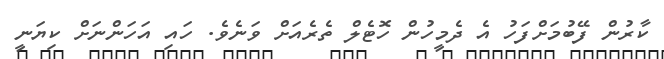
ކާރުން ފޭބުމަށްފަހު އެ ދެމީހުން ހޮޓެލް ތެރެއަށް ވަނެވެ. ހައި އަހަންނަށް ކިޔަނީ